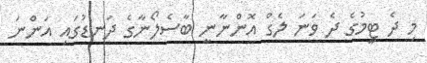
މި ދެ ޓީމުގެ ދެ ވަނަ ލެގް އޮންނާނީ ބާސެލޯނާގެ ދަނޑުގައި އަންނަ